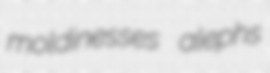
moldinesses alephs